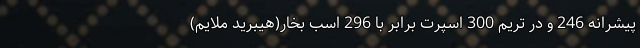
پیشرانه 246 و در تریم 300 اسپرت برابر با 296 اسب بخار(هیبرید ملایم)